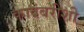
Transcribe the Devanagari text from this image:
कादंबरीशी